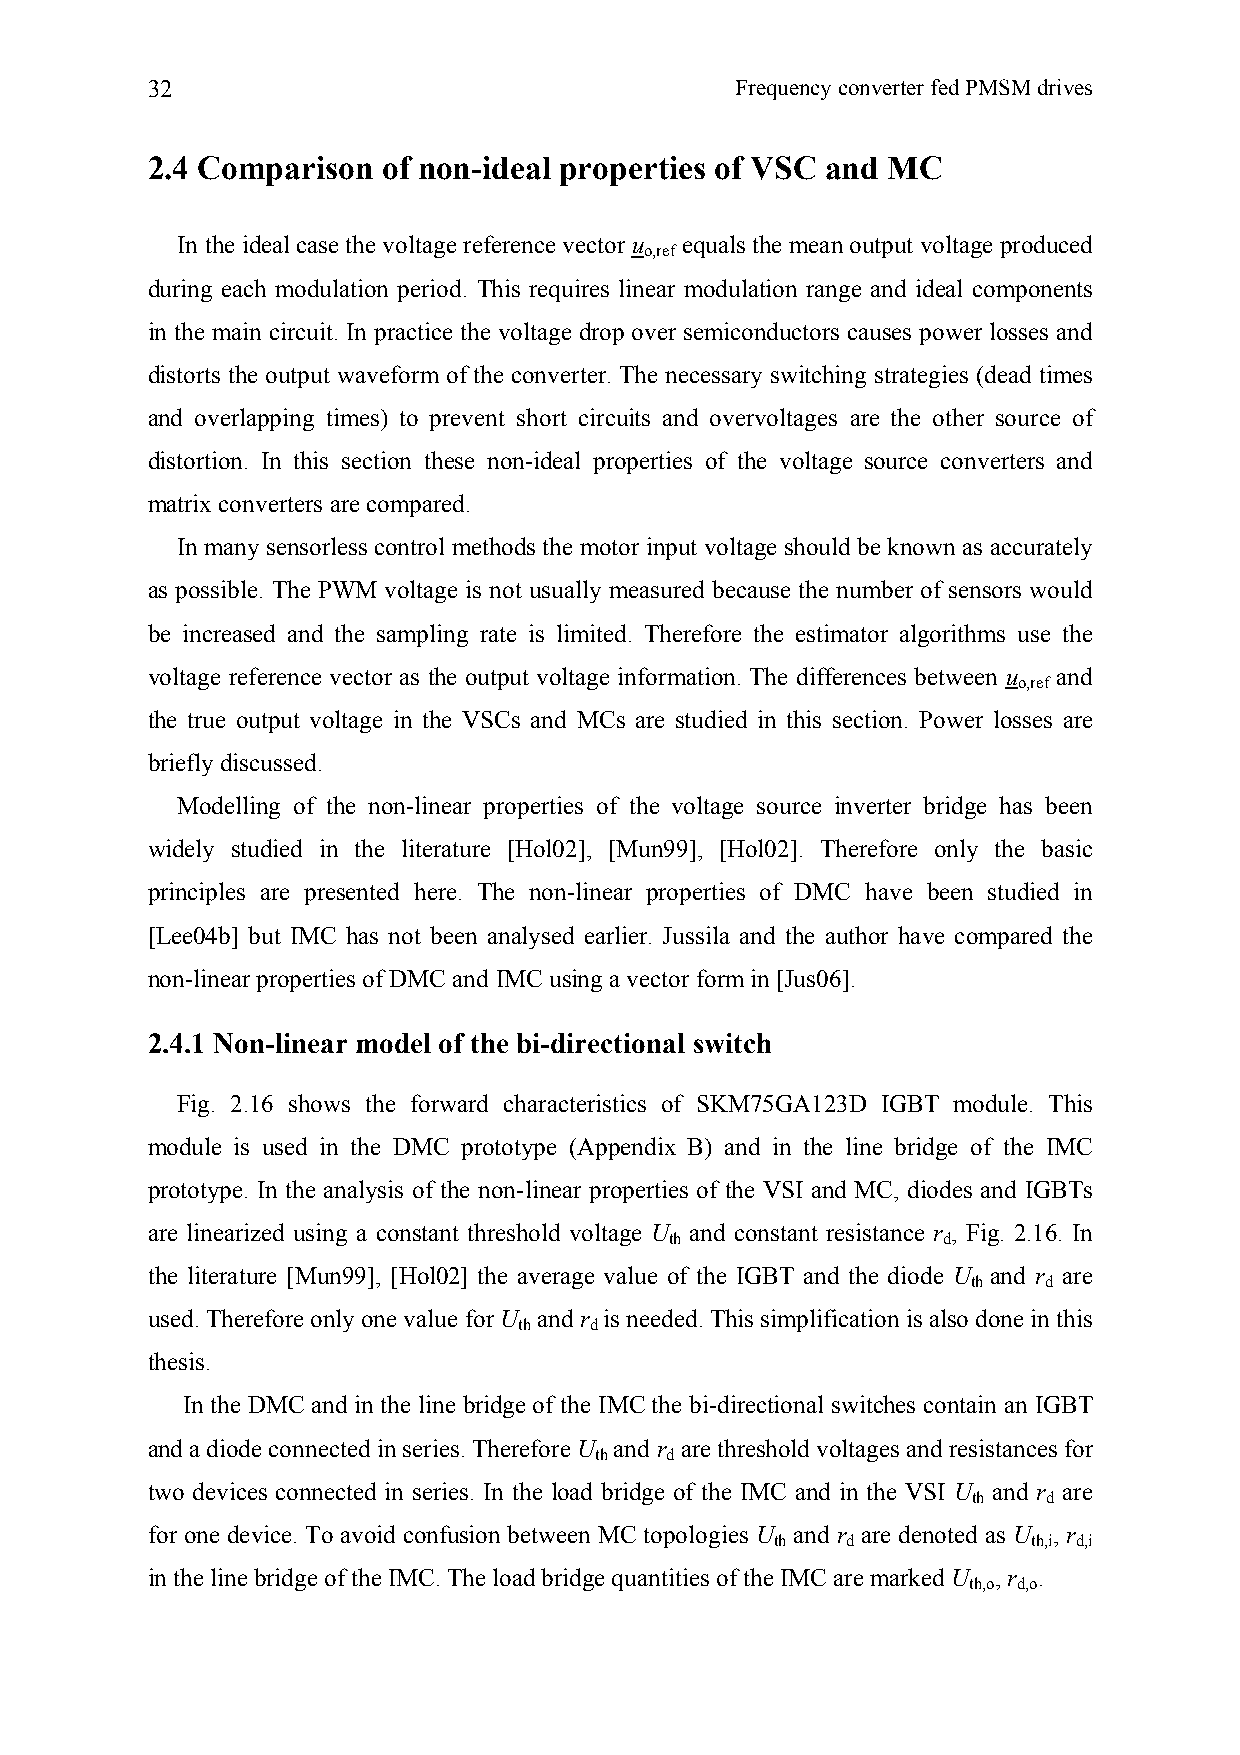
32                                     Frequency converter fed PMSM drives
 2.4 Comparison of non-ideal properties of VSC and MC
 In the ideal case the voltage reference vector u equals the mean output voltage produced
 o,ref
 during each modulation period. This requires linear modulation range and ideal components
 in the main circuit. In practice the voltage drop over semiconductors causes power losses and
 distorts the output waveform of the converter. The necessary switching strategies (dead times
 and overlapping times) to prevent short circuits and overvoltages are the other source of
 distortion. In this section these non-ideal properties of the voltage source converters and
 matrix converters are compared.
 In many sensorless control methods the motor input voltage should be known as accurately
 as possible. The PWM voltage is not usually measured because the number of sensors would
 be increased and the sampling rate is limited. Therefore the estimator algorithms use the
 voltage reference vector as the output voltage information. The differences between u and
 o,ref
 the true output voltage in the VSCs and MCs are studied in this section. Power losses are
 briefly discussed.
 Modelling of the non-linear properties of the voltage source inverter bridge has been
 widely studied in the literature [Hol02], [Mun99], [Hol02]. Therefore only the basic
 principles are presented here. The non-linear properties of DMC have been studied in
 [Lee04b] but IMC has not been analysed earlier. Jussila and the author have compared the
 non-linear properties of DMC and IMC using a vector form in [Jus06].
 2.4.1 Non-linear model of the bi-directional switch
 Fig. 2.16 shows the forward characteristics of SKM75GA123D IGBT module. This
 module is used in the DMC prototype (Appendix B) and in the line bridge of the IMC
 prototype. In the analysis of the non-linear properties of the VSI and MC, diodes and IGBTs
 are linearized using a constant threshold voltage U and constant resistance r , Fig. 2.16. In
 th                d
 the literature [Mun99], [Hol02] the average value of the IGBT and the diode U and r are
 th   d
 used. Therefore only one value for U and r is needed. This simplification is also done in this
 th   d
 thesis.
 In the DMC and in the line bridge of the IMC the bi-directional switches contain an IGBT
 and a diode connected in series. Therefore U and r are threshold voltages and resistances for
 th   d
 two devices connected in series. In the load bridge of the IMC and in the VSI U and r are
 th   d
 for one device. To avoid confusion between MC topologies U and r are denoted as U , r
 th   d           th,i d,i
 in the line bridge of the IMC. The load bridge quantities of the IMC are marked U , r .
 th,o d,o